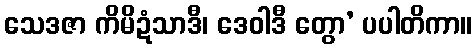
သေဒဇာ ကိမိဍံသာဒီ၊ ဒေဝါဒီ တွော’ ပပါတိကာ။